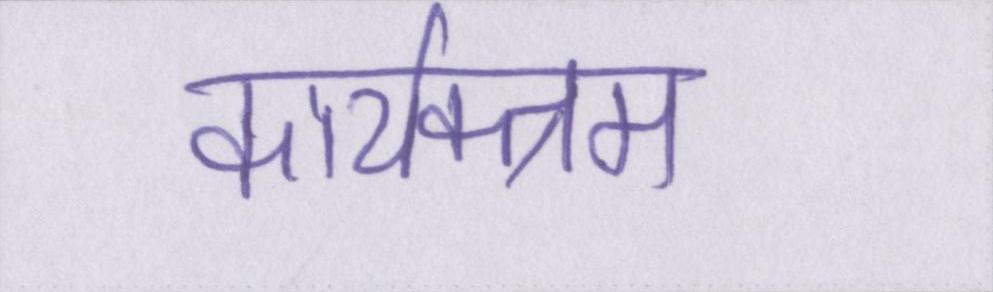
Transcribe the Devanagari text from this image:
कार्यक्त्रम